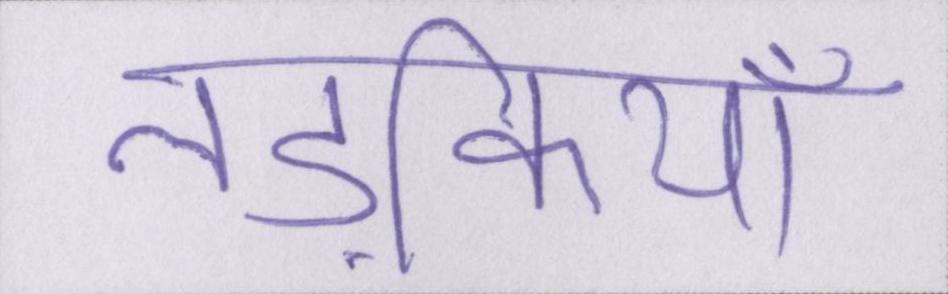
लड़कियाँ